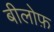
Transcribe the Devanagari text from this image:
बीलोफ़